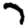
Digit: 7